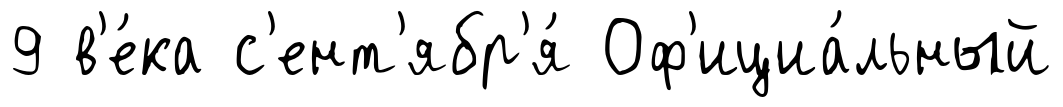
9 в'е́ка с'ент'ябр'я́ Оф'ициа́льный